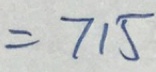
= 7 1 5